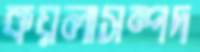
কয়লাসম্পদ